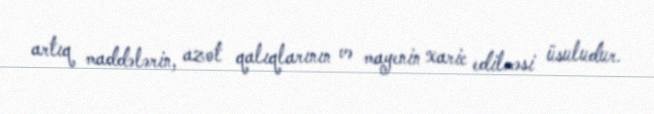
artıq maddələrin, azot qalıqlarının və mayenin xaric edilməsi üsuludur.